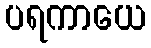
ပရကာယေ